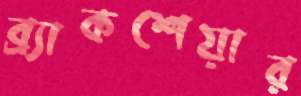
ব্র্যাকশেয়ার